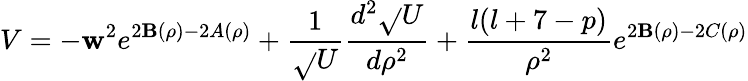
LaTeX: V=-\mathbf{w}^{2}e^{2\mathbf{B}(\rho)-2A(\rho)}+\frac{{1}}{{\sqrt{}{U}}}\frac{{d^{2}\sqrt{}{U}}}{{d\rho^{2}}}+\frac{{l(l+7-p)}}{{\rho^{2}}}e^{2\mathbf{B}(\rho)-2C(\rho)}